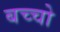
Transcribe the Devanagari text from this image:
बच्‍चो